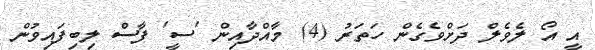
އީ އޯ ލެވެލް ދަށްވެގެން ހަތަރު (4) މާއްދާއިން 'ސީ' ފާސް ލިބިފައިވުން